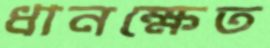
ধানক্ষেত